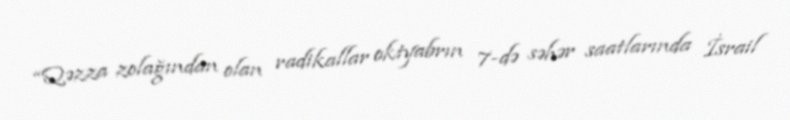
“Qəzza zolağından olan radikallar oktyabrın 7-də səhər saatlarında İsrail